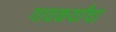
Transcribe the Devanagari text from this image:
गावकर्यांचा